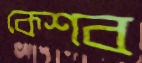
কেশব